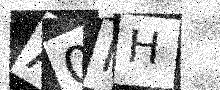
Text: A0NH